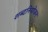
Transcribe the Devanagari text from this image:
शब्दनियोजन